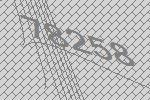
78258